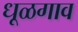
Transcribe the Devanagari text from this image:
धूळगाव